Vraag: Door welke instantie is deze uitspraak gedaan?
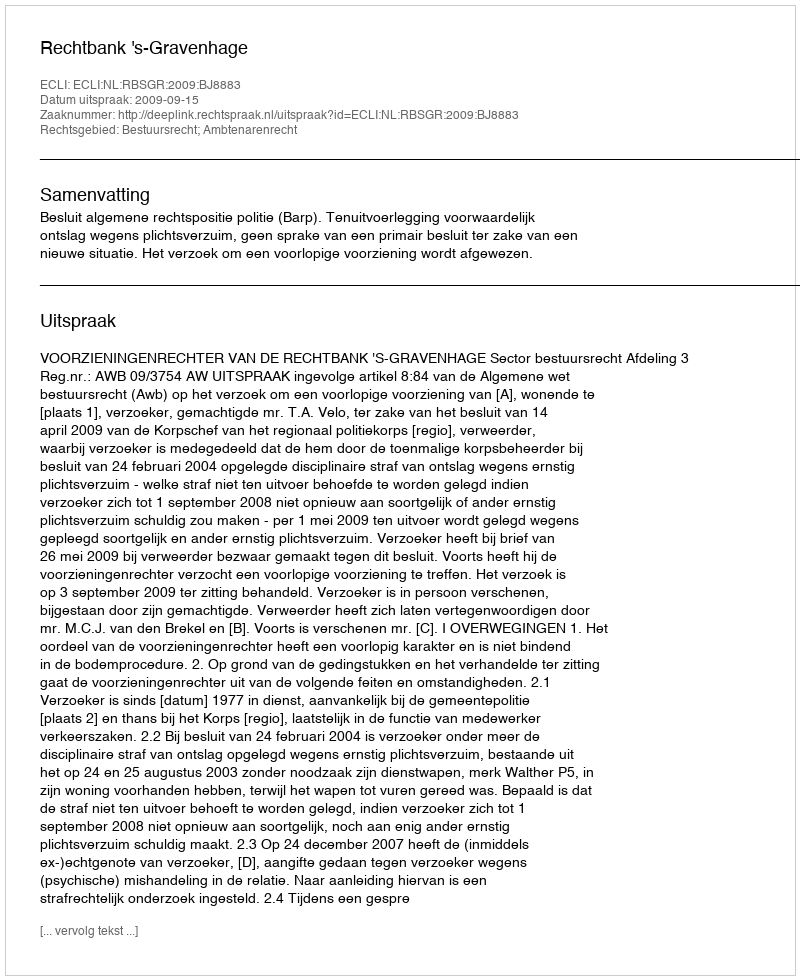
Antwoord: Rechtbank 's-Gravenhage